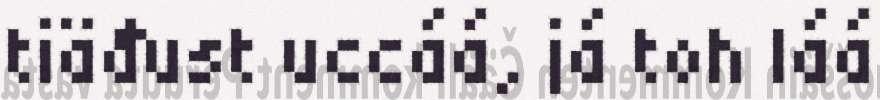
tiäđust uccáá, já toh láá